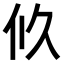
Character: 𠇉